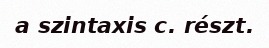
a szintaxis c. részt.